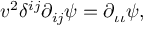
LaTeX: v ^ { 2 } \delta ^ { i j } \partial _ { i j } \psi = \partial _ { \iota \iota } \psi ,